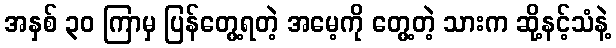
အနှစ် ၃၀ ကြာမှ ပြန်တွေ့ရတဲ့ အမေ့ကို တွေ့တဲ့ သားက ဆို့နင့်သံနဲ့